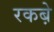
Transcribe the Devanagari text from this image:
रकबे़